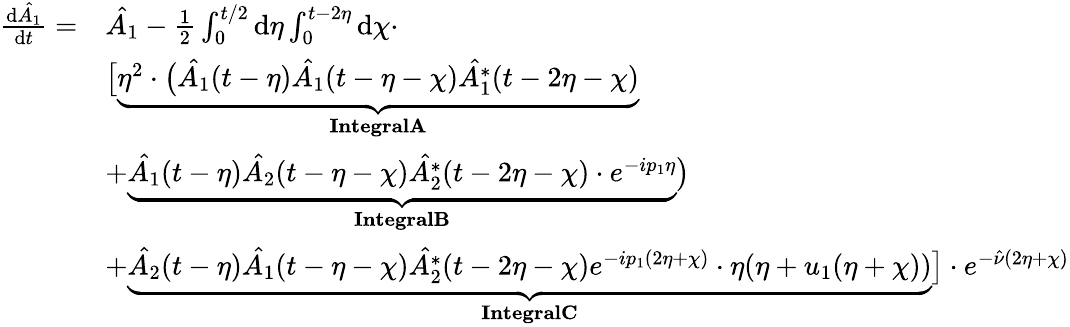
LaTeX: \begin{array}{rl}{\frac{\mathrm{d}\hat{A_{1}}}{\mathrm{d}t}=}&{\hat{A_{1}}-\frac{1}{2}\int_{0}^{t/2}\mathrm{d}\eta\int_{0}^{t-2\eta}\mathrm{d}\chi\cdot}\\ &{\bigl[\underbrace{\eta^{2}\cdot\bigl(\hat{A_{1}}(t-\eta)\hat{A_{1}}(t-\eta-\chi)\hat{A_{1}^{*}}(t-2\eta-\chi)}_{\textbf{IntegralA}}}\\ &{+\underbrace{\hat{A_{1}}(t-\eta)\hat{A_{2}}(t-\eta-\chi)\hat{A_{2}^{*}}(t-2\eta-\chi)\cdot e^{-ip_{1}\eta}}_{\textbf{IntegralB}}\bigr)}\\ &{+\underbrace{\hat{A_{2}}(t-\eta)\hat{A_{1}}(t-\eta-\chi)\hat{A_{2}^{*}}(t-2\eta-\chi)e^{-ip_{1}(2\eta+\chi)}\cdot\eta(\eta+u_{1}(\eta+\chi))}_{\textbf{IntegralC}}\bigr]\cdot e^{-\hat{\nu}(2\eta+\chi)}}\end{array}